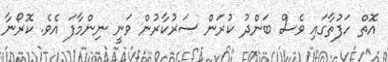
އޮތް ހަފުތާގައި ވެސް ބަންދު ކުރަން ސަރުކާރުން ވަނީ ނިންމާފަ އެވެ. ކޮރޯނާ